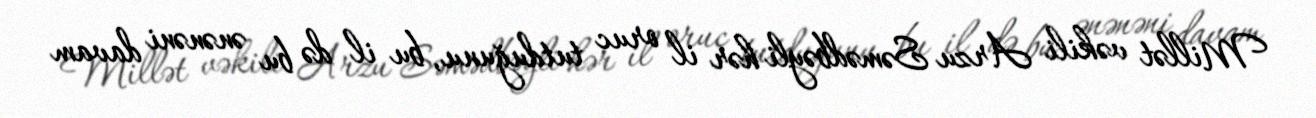
Millət vəkili Arzu Səmədbəyli hər il oruc tutduğunu, bu il də bu ənənəni davam